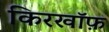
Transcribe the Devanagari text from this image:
किरखॉफ़